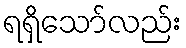
ရရှိသော်လည်း